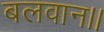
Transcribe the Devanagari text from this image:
बलवान।।